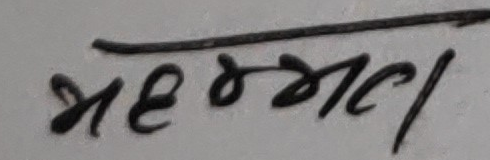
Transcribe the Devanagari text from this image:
महरजन।